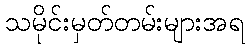
သမိုင်းမှတ်တမ်းများအရ